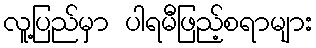
လူ့ပြည်မှာ ပါရမီဖြည့်စရာများ